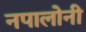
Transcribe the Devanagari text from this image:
नपालोनी